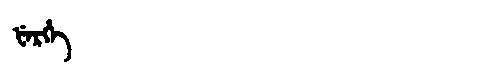
Manchu: ᡶᡝᡵᡥᡝ
Romanization: FERHE